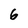
Character: 6